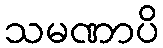
သမဏာပိ